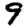
Digit: 9